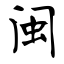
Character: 闽